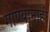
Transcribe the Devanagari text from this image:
गाण्यांनाही